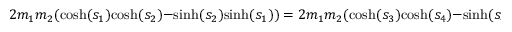
2 m _ { 1 } m _ { 2 } ( { \mathrm { c o s h } } ( s _ { 1 } ) { \mathrm { c o s h } } ( s _ { 2 } ) - { \mathrm { s i n h } } ( s _ { 2 } ) { \mathrm { s i n h } } ( s _ { 1 } ) ) = 2 m _ { 1 } m _ { 2 } ( { \mathrm { c o s h } } ( s _ { 3 } ) { \mathrm { c o s h } } ( s _ { 4 } ) - { \mathrm { s i n h } } ( s _ { 4 } ) { \mathrm { s i n h } } ( s _ { 3 } ) )